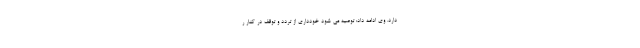
دارد. وی ادامه داد: توصیه می شود خودداری از تردد و توقف در کنار ر